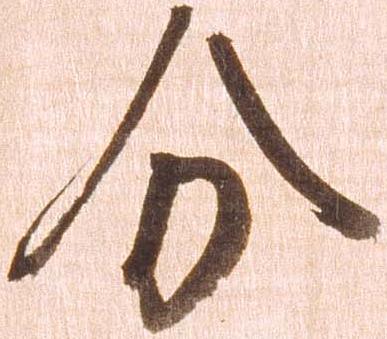
分